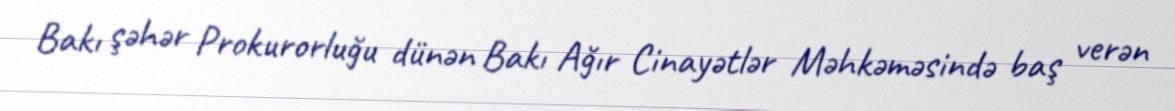
Bakı şəhər Prokurorluğu dünən Bakı Ağır Cinayətlər Məhkəməsində baş verən